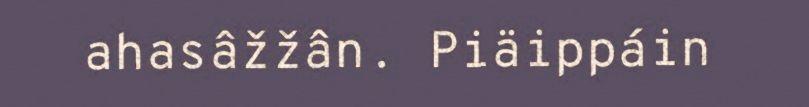
ahasâžžân. Piäippáin